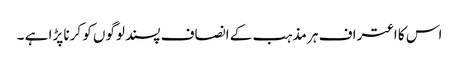
اس کا اعتراف ہر مذہب کے انصاف پسند لوگوں کو کرنا پڑا ہے ۔